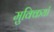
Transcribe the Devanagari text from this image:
मुक्कियाँ